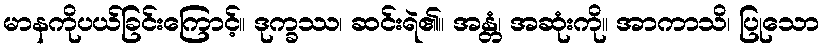
မာနကိုပယ်ခြင်းကြောင့်။ ဒုက္ခဿ၊ ဆင်းရဲ၏။ အန္တံ၊ အဆုံးကို။ အာကာသိ၊ ပြုသော